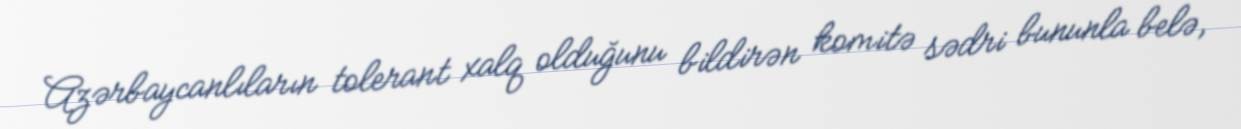
Azərbaycanlıların tolerant xalq olduğunu bildirən komitə sədri bununla belə,